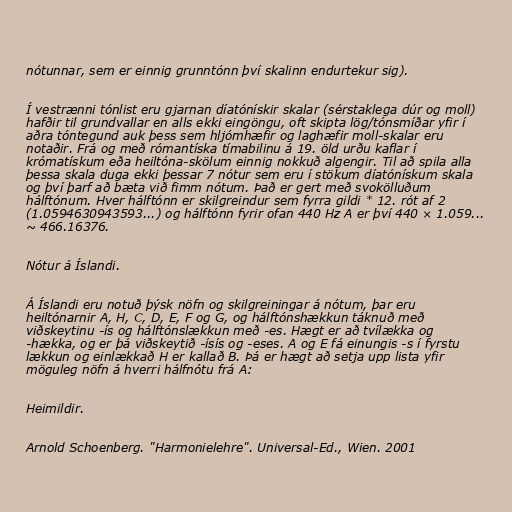
nótunnar, sem er einnig grunntónn því skalinn endurtekur sig).

Í vestrænni tónlist eru gjarnan díatónískir skalar (sérstaklega dúr og moll)
hafðir til grundvallar en alls ekki eingöngu, oft skipta lög/tónsmíðar yfir í
aðra tóntegund auk þess sem hljómhæfir og laghæfir moll-skalar eru
notaðir. Frá og með rómantíska tímabilinu á 19. öld urðu kaflar í
krómatískum eða heiltóna-skölum einnig nokkuð algengir. Til að spila alla
þessa skala duga ekki þessar 7 nótur sem eru í stökum díatónískum skala
og því þarf að bæta við fimm nótum. Það er gert með svokölluðum
hálftónum. Hver hálftónn er skilgreindur sem fyrra gildi * 12. rót af 2
(1.0594630943593...) og hálftónn fyrir ofan 440 Hz A er því 440 × 1.059...
~ 466.16376.

Nótur á Íslandi.

Á Íslandi eru notuð þýsk nöfn og skilgreiningar á nótum, þar eru
heiltónarnir A, H, C, D, E, F og G, og hálftónshækkun táknuð með
viðskeytinu -ís og hálftónslækkun með -es. Hægt er að tvílækka og
-hækka, og er þá viðskeytið -ísís og -eses. A og E fá einungis -s í fyrstu
lækkun og einlækkað H er kallað B. Þá er hægt að setja upp lista yfir
möguleg nöfn á hverri hálfnótu frá A:

Heimildir.

Arnold Schoenberg. "Harmonielehre". Universal-Ed., Wien. 2001